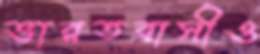
ভারতবাসীও